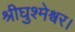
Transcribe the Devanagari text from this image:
श्रीघुश्मेश्वर।